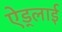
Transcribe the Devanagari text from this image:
ऐड्लाई